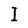
Character: I